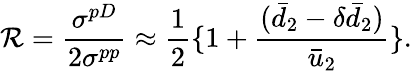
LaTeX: \mathcal{R}=\frac{{\sigma^{pD}}}{{2\sigma^{pp}}}\approx\frac{{1}}{{2}}\{ 1+\frac{{(\bar{{d}}_{2}-\delta\bar{{d}}_{2})}}{{\bar{{u}}_{2}}}\} .